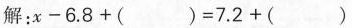
解: $$x - 6 . 8 + ( ) = 7 . 2 + ( )$$